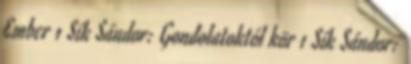
Ember 1 Sík Sándor: Gondolatoktól kör 1 Sík Sándor: